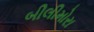
બીલીમોરા